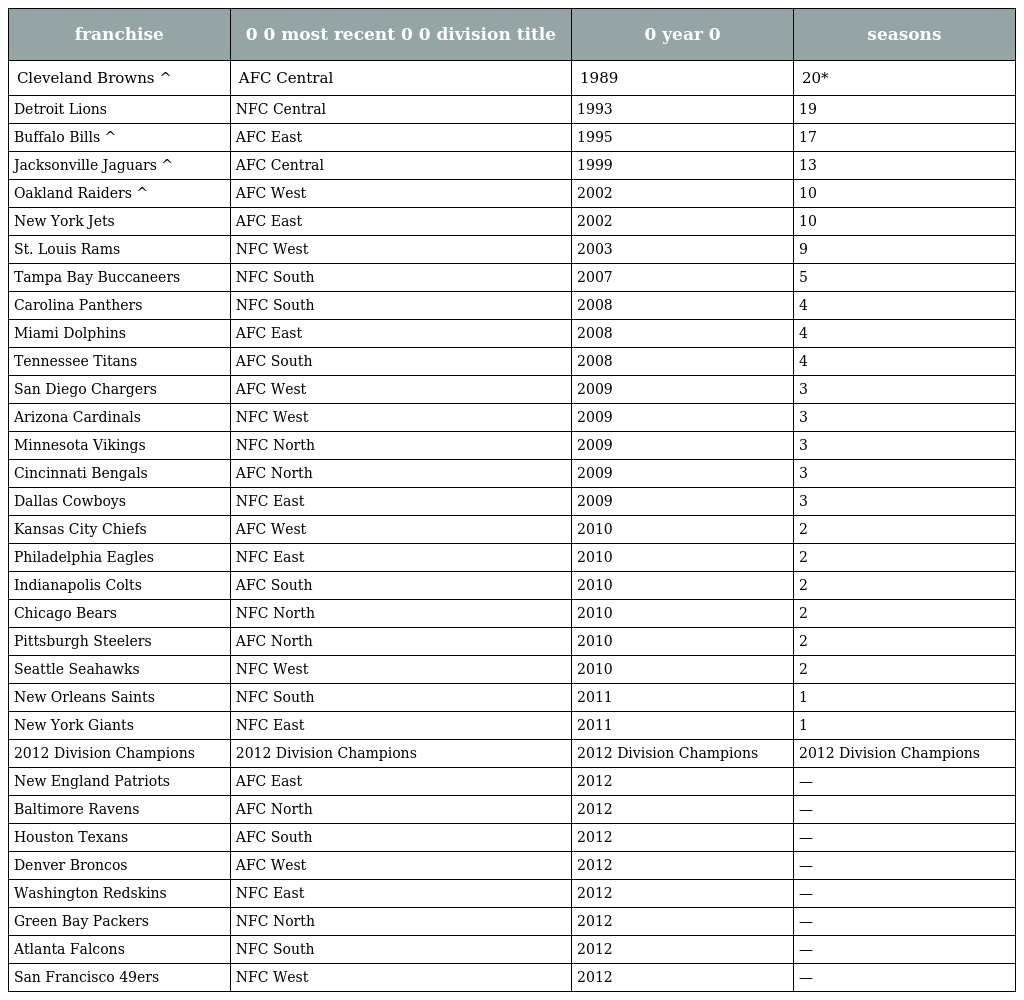
| franchise | 0 0 most recent 0 0 division title | 0 year 0 | seasons |
 | --- | --- | --- | --- |
 | Cleveland Browns ^ | AFC Central | 1989 | 20* |
 | Detroit Lions | NFC Central | 1993 | 19 |
 | Buffalo Bills ^ | AFC East | 1995 | 17 |
 | Jacksonville Jaguars ^ | AFC Central | 1999 | 13 |
 | Oakland Raiders ^ | AFC West | 2002 | 10 |
 | New York Jets | AFC East | 2002 | 10 |
 | St. Louis Rams | NFC West | 2003 | 9 |
 | Tampa Bay Buccaneers | NFC South | 2007 | 5 |
 | Carolina Panthers | NFC South | 2008 | 4 |
 | Miami Dolphins | AFC East | 2008 | 4 |
 | Tennessee Titans | AFC South | 2008 | 4 |
 | San Diego Chargers | AFC West | 2009 | 3 |
 | Arizona Cardinals | NFC West | 2009 | 3 |
 | Minnesota Vikings | NFC North | 2009 | 3 |
 | Cincinnati Bengals | AFC North | 2009 | 3 |
 | Dallas Cowboys | NFC East | 2009 | 3 |
 | Kansas City Chiefs | AFC West | 2010 | 2 |
 | Philadelphia Eagles | NFC East | 2010 | 2 |
 | Indianapolis Colts | AFC South | 2010 | 2 |
 | Chicago Bears | NFC North | 2010 | 2 |
 | Pittsburgh Steelers | AFC North | 2010 | 2 |
 | Seattle Seahawks | NFC West | 2010 | 2 |
 | New Orleans Saints | NFC South | 2011 | 1 |
 | New York Giants | NFC East | 2011 | 1 |
 | 2012 Division Champions | 2012 Division Champions | 2012 Division Champions | 2012 Division Champions |
 | New England Patriots | AFC East | 2012 | — |
 | Baltimore Ravens | AFC North | 2012 | — |
 | Houston Texans | AFC South | 2012 | — |
 | Denver Broncos | AFC West | 2012 | — |
 | Washington Redskins | NFC East | 2012 | — |
 | Green Bay Packers | NFC North | 2012 | — |
 | Atlanta Falcons | NFC South | 2012 | — |
 | San Francisco 49ers | NFC West | 2012 | — |